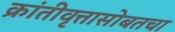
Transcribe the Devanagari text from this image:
क्रांतीवृत्तासोबतचा